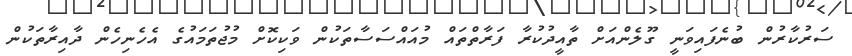
ސަރުކާރުން ބުނެފައިވަނީ ގޫލެންއަށް ތާއީދުކުރާ ފަރާތްތައް މުއައްސަސާތަކުން ވަކިކޮށް މުޖުތަަމައުގެ އެހެނިހެން ދާއިރާތަކުން